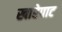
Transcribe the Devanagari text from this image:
खारेपाट